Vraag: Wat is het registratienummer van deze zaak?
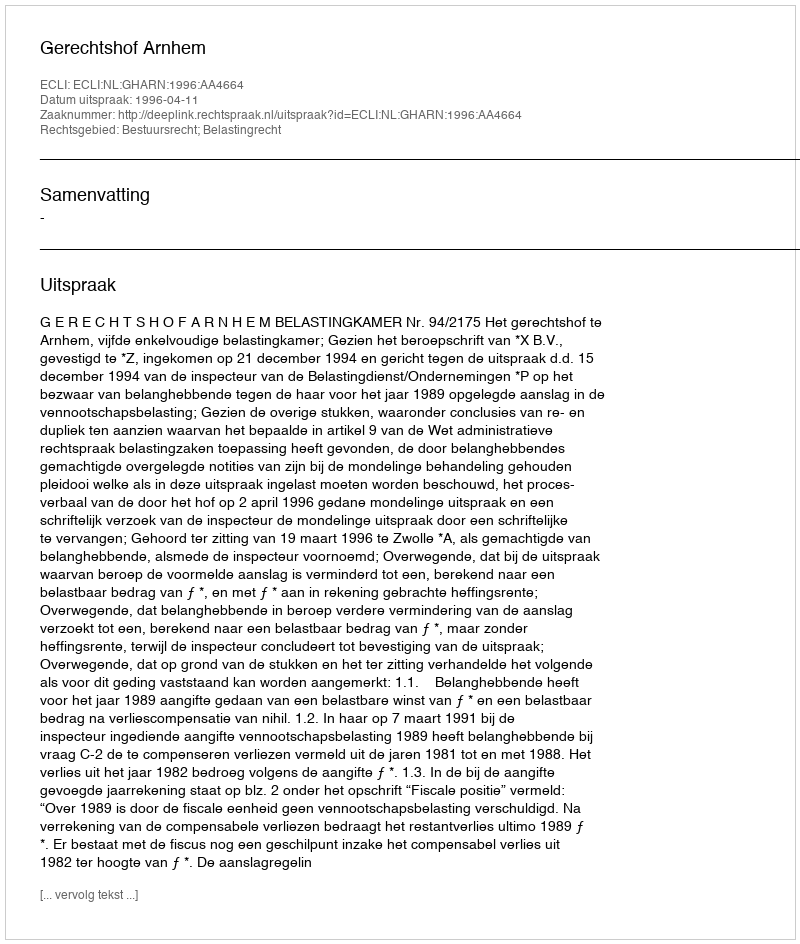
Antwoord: http://deeplink.rechtspraak.nl/uitspraak?id=ECLI:NL:GHARN:1996:AA4664